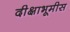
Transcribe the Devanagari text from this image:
दीक्षाभूमीस